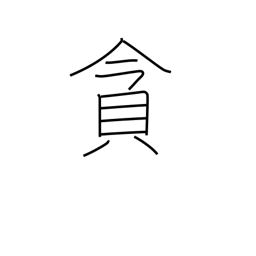
Meaning: indulge in